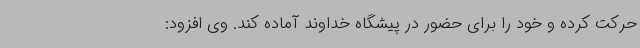
حرکت کرده و خود را برای حضور در پیشگاه خداوند آماده کند. وی افزود: